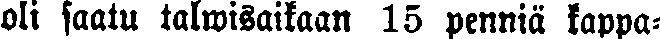
oli saatu talwisaikaan 15 penniä kappa-